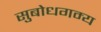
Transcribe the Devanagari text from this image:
सुबोधगम्य